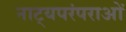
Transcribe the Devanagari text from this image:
नाट्यपरंपराओं